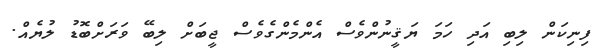
ފިނިކަން ލިބި އަދި ހަމަ ޔަޤީނުންވެސް އެންމެންގެވެސް ޖީބަށް ލިބޭ ވަރަށްބޮޑު ލުޔެއް.